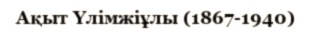
Ақыт Үлімжіұлы (1867-1940)